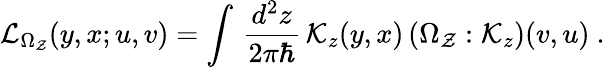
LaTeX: {\cal L}_{\Omega_{\cal Z}}(y,x;u,v)=\int\, {\frac{d^{2}z}{2\pi\hbar}}\, {\cal K}_{z}(y,x)\, (\Omega_{\cal Z}:{\cal K}_{z})(v,u)~.